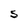
Character: S